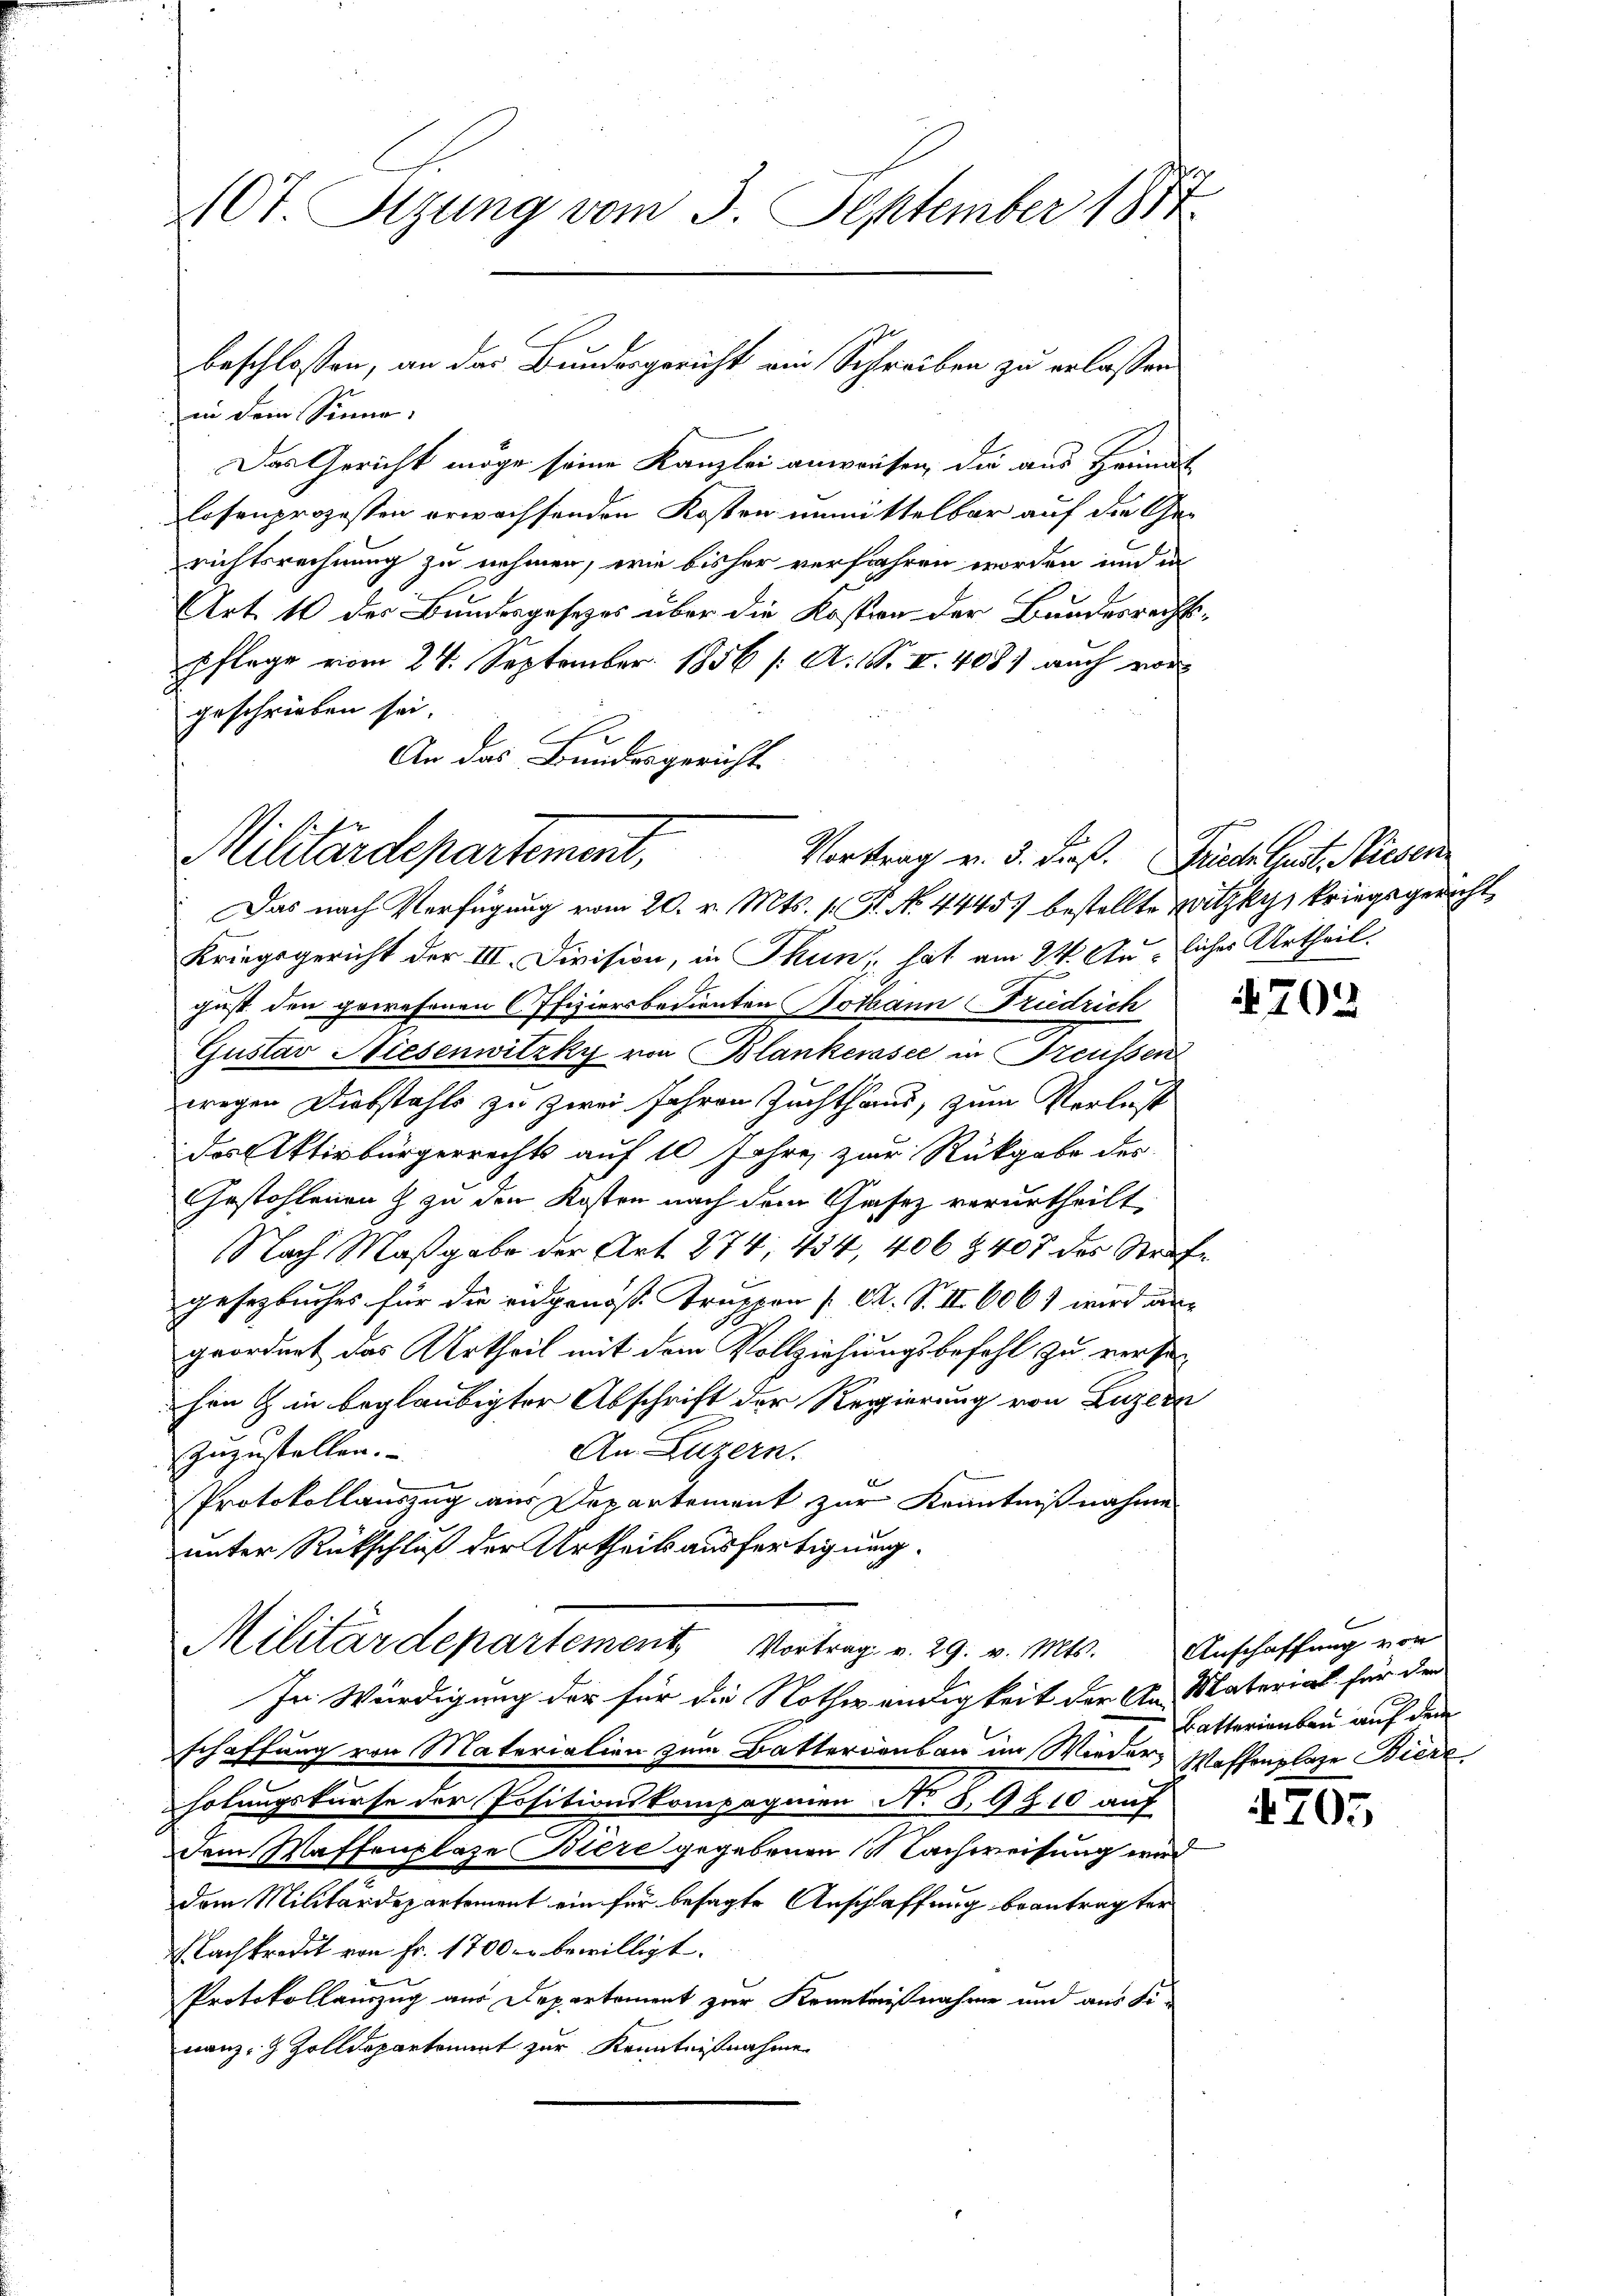
10t. Sitzung vom 3. September 1877

in dem Sinne,
Das Gericht möge seine Kanzlei anweisen, die aus Heimat
losenprozessen erwachsenden Kosten unmittelbar auf die Ge-
richtsrechnung zu nehmen, wie bisher verfahren worden und in
Art. 10 des Bundesgesetzes über die Kostern der Bundesrechtspflege vom 24. September 1856 /: A. S. II. 408) auch vor
geschrieben sei.
An das Bundesgericht.

beschlossen, an das Bundesgericht ein Schreiben zu erlassen.

Militärdepartement, Vortrag v. 3. dieß. Siche laute Nieder
Das nach Verfügung vom 20. v. Mts. f. St. No. 44457 bestellte Witzkys kriegsgericht

Kriegsgericht der III. Division, in Thun, hat am 24. Ausliches Urtheil
gust. den gewahrnen Offiziersbedienten Dothann Friedrich
Gustav Niesenwitzky von Blankersee in Preußen
wegen Diebstahls zu zwei Jahren Zuchthaus, zum Verlust
das Aktivbürgerrechts auf 10 Jahre zur Rückgabe des
Gestohlenen & zu den Kosten nach dem Gesez verurtheilt
Nach Maßgabe der Art. 274, 434, 406 § 407 des Strafe
gesetzbuches für die eidgenöss. Truppen ( A. S. II 606 1 wird au
geordnet das Urtheil mit dem Vollziehungsbefehl zu verse
hen in beglaubigter Abschrift der Regierung von Luzern
An Luzern.
zuzustellen.
Protokollauszug aus Departement zur Kenntnißnahme
unter Rückschluß der Urtheils ausfertigung.
Militärdepartement, Vortrag v. 29. v. Mts. Anschaffung von
In Würdigung der für die Nothwendigkeit der An Material für den
schaffung von Materialien zum Batterienbau im Wieder Waffenplaze Biere
holungskurse der Positionskompagnien No S. 9910 auf
dem Maffenplaze Biere gegebenen & Nachweisung wird
dem Militärdepartement ein für besagte Anschaffung beantragter
Nachkredit von Fr. 1700 bewilligt.
Protokollauszug aus Departement zur Kenntnißnahme und aus Se-
nanz- & Zolldepartement zur Kenntnißnahme

Batterienbau auf dem

4705